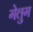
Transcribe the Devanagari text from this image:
गेलुग